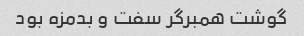
گوشت همبرگر سفت و بدمزه بود